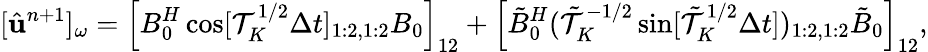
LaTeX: [\hat{\mathbf u}^{n+1}]_{\omega}=\left[B_{0}^{H}\cos[{\cal T}_{K}^{1/2}\Delta t]_{1:2,1:2}B_{0}\right]_{12}+\left[\tilde{B}_{0}^{H}(\tilde{\cal T}_{K}^{-1/2}\sin[\tilde{\cal T}_{K}^{1/2}\Delta t])_{1:2,1:2}\tilde{B}_{0}\right]_{12},